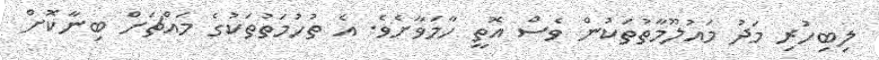
ލިބިހުރި މަދު މައުލޫމާތުތަކުން ވެސް އޮތީ ހާމަވާށެވެ. އެ ތުހުމަތުތަކުގެ މައްޗަށް ބިނާކޮށް